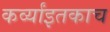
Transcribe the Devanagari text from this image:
कर्व्यांइतकाच